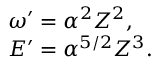
\begin{array} { l } { \omega ^ { \prime } = \alpha ^ { 2 } Z ^ { 2 } , } \\ { E ^ { \prime } = \alpha ^ { 5 / 2 } Z ^ { 3 } . } \end{array}